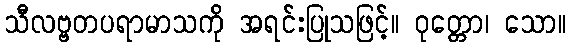
သီလဗ္ဗတပရာမာသကို အရင်းပြုသဖြင့်။ ဝုတ္တော၊ သော။